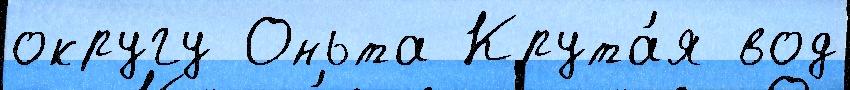
округу Оньта Крута́я вод